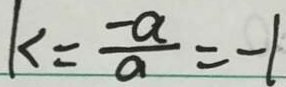
k = \frac { - a } { a } = - 1